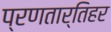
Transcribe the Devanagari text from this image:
प्रणतार्तिहर